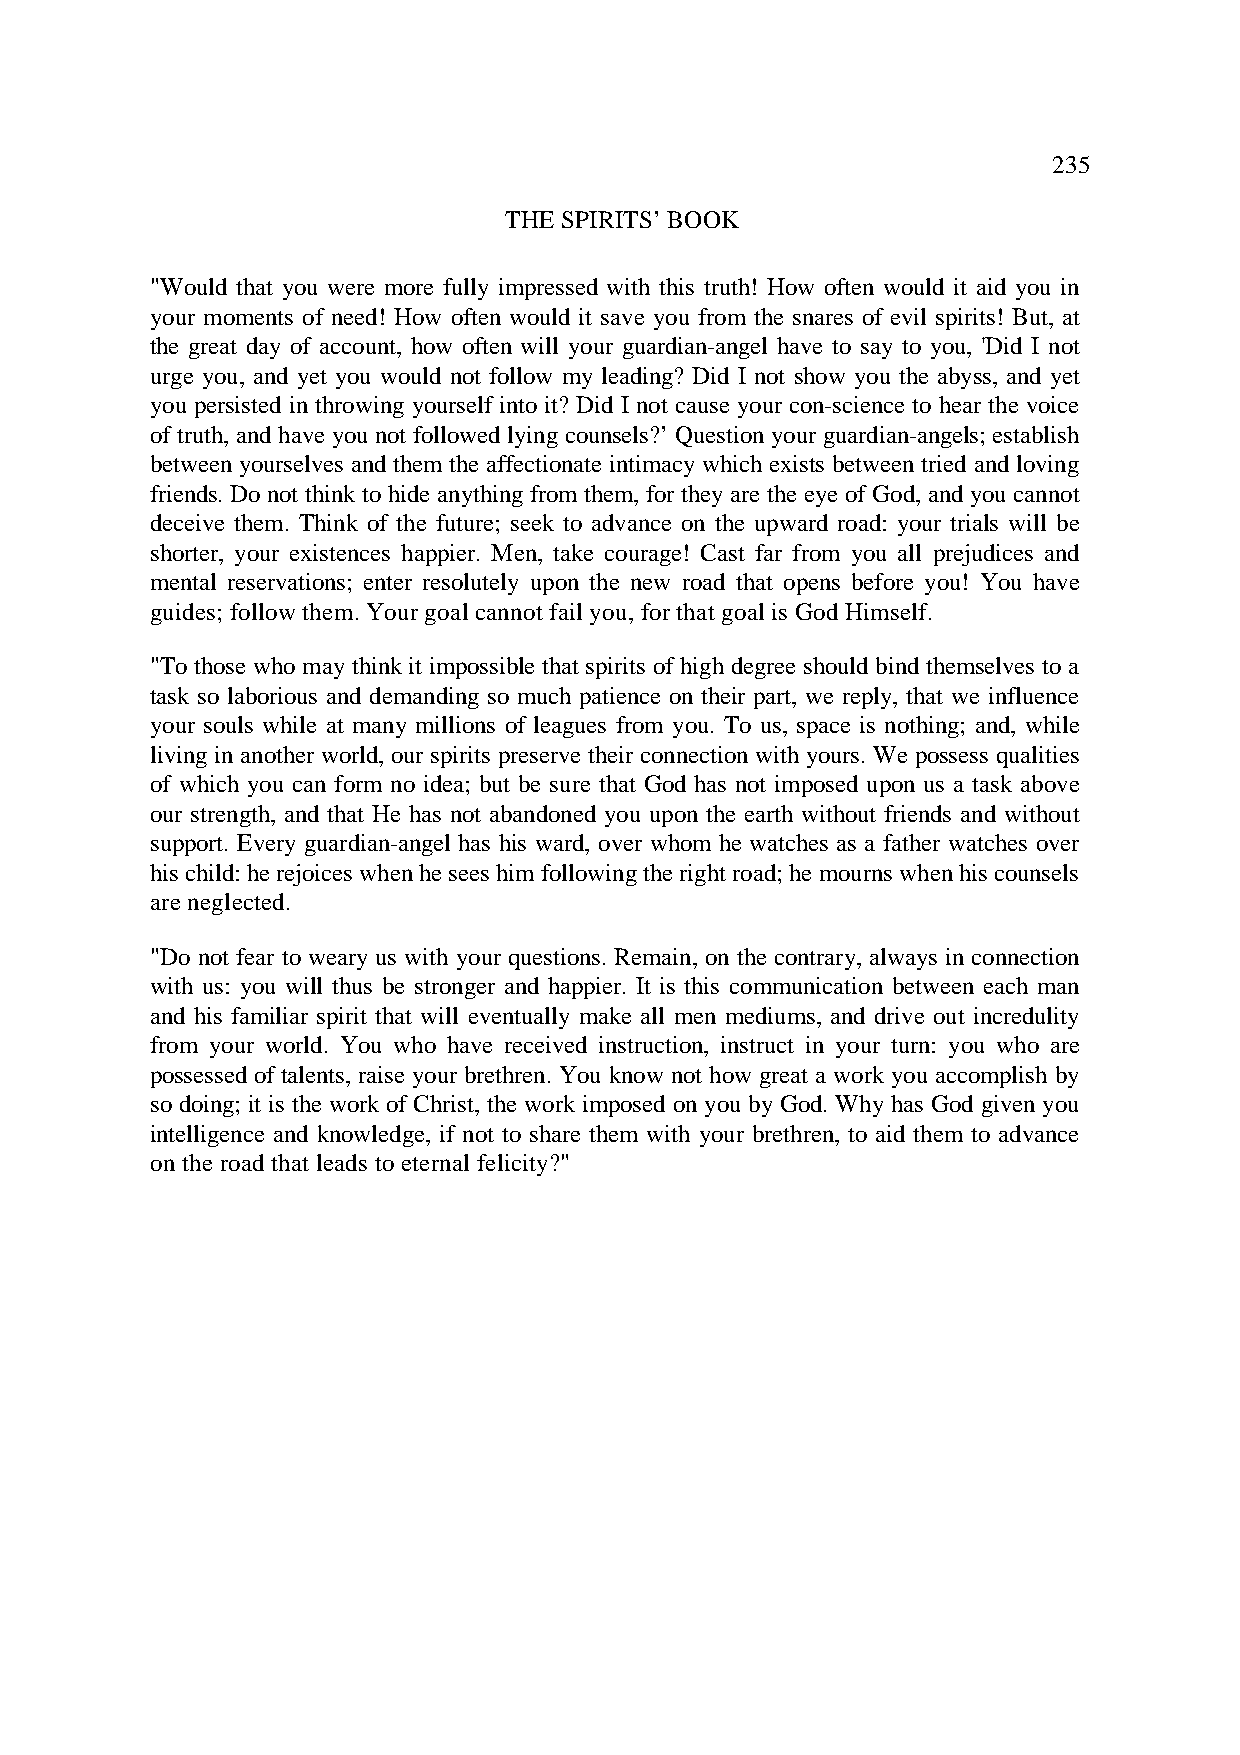
235
 THE SPIRITS’ BOOK
 "Would that you were more fully impressed with this truth! How often would it aid you in
 your moments of need! How often would it save you from the snares of evil spirits! But, at
 the great day of account, how often will your guardian-angel have to say to you, 'Did I not
 urge you, and yet you would not follow my leading? Did I not show you the abyss, and yet
 you persisted in throwing yourself into it? Did I not cause your con-science to hear the voice
 of truth, and have you not followed lying counsels?’ Question your guardian-angels; establish
 between yourselves and them the affectionate intimacy which exists between tried and loving
 friends. Do not think to hide anything from them, for they are the eye of God, and you cannot
 deceive them. Think of the future; seek to advance on the upward road: your trials will be
 shorter, your existences happier. Men, take courage! Cast far from you all prejudices and
 mental reservations; enter resolutely upon the new road that opens before you! You have
 guides; follow them. Your goal cannot fail you, for that goal is God Himself.
 "To those who may think it impossible that spirits of high degree should bind themselves to a
 task so laborious and demanding so much patience on their part, we reply, that we influence
 your souls while at many millions of leagues from you. To us, space is nothing; and, while
 living in another world, our spirits preserve their connection with yours. We possess qualities
 of which you can form no idea; but be sure that God has not imposed upon us a task above
 our strength, and that He has not abandoned you upon the earth without friends and without
 support. Every guardian-angel has his ward, over whom he watches as a father watches over
 his child: he rejoices when he sees him following the right road; he mourns when his counsels
 are neglected.
 "Do not fear to weary us with your questions. Remain, on the contrary, always in connection
 with us: you will thus be stronger and happier. It is this communication between each man
 and his familiar spirit that will eventually make all men mediums, and drive out incredulity
 from your world. You who have received instruction, instruct in your turn: you who are
 possessed of talents, raise your brethren. You know not how great a work you accomplish by
 so doing; it is the work of Christ, the work imposed on you by God. Why has God given you
 intelligence and knowledge, if not to share them with your brethren, to aid them to advance
 on the road that leads to eternal felicity?"